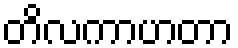
တိလကာဟတာ